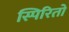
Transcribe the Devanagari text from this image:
स्पिरितो